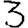
Digit: 3